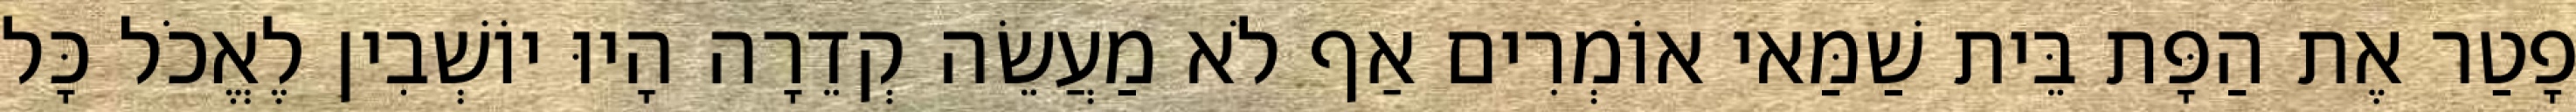
פָטַר אֶת הַפָּת בֵּית שַׁמַּאי אוֹמְרִים אַף לֹא מַעֲשֵׂה קְדֵרָה הָיוּ יוֹשְׁבִין לֶאֱכֹל כָּל